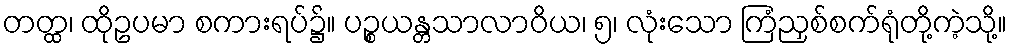
တတ္ထ၊ ထိုဥပမာ စကားရပ်၌။ ပဉ္စယန္တသာလာဝိယ၊ ၅၊ လုံးသော ကြံညှစ်စက်ရုံတို့ကဲ့သို့။